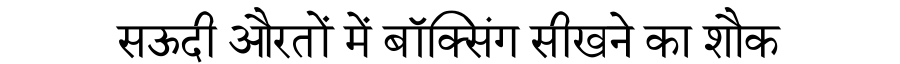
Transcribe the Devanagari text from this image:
सऊदी औरतों में बॉक्सिंग सीखने का शौक